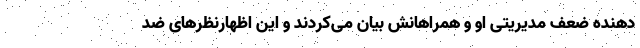
دهنده ضعف مدیریتی او و همراهانش بیان می‌کردند و این اظهارنظرهای ضد